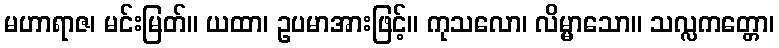
မဟာရာဇ၊ မင်းမြတ်။ ယထာ၊ ဥပမာအားဖြင့်။ ကုသလော၊ လိမ္မာသော။ သလ္လကတ္တော၊